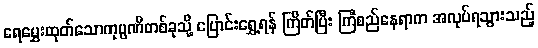
ရေမွှေးထုတ်သောကုမ္ပဏီတစ်ခုသို့ ပြောင်းရွှေ့ရန် ကြိတ်ပြီး ကြံစည်နေရာက အလုပ်ရသွားသည့်